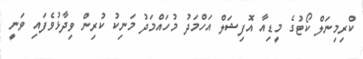
ކްރިމިނަލް ކޯޓުގެ މީޑިއާ އޮފިޝަލް އަހްމަދު މުހައްމަދު މަނިކު ކުރިން ވިދާޅުވެފައި ވަނީ